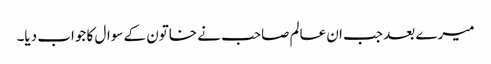
میرے بعد جب ان عالم صاحب نے خاتون کے سوال کا جواب دیا۔